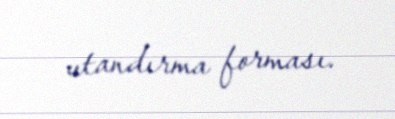
utandırma forması.